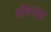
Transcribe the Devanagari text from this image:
कीसनाथ